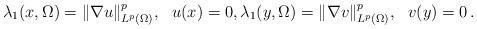
LaTeX: \begin{align*} \lambda_1(x,\Omega) = \|\nabla u\|_{L^p(\Omega)}^p, \ \ u(x)=0, \lambda_1(y,\Omega) = \|\nabla v\|_{L^p(\Omega)}^p, \ \ v(y)=0\, .\end{align*}